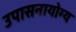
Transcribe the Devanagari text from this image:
उपासनायोग्य